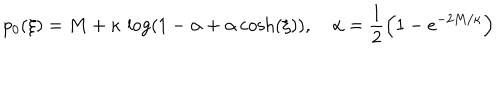
LaTeX: p _ { 0 } ( \xi ) = M + \kappa \, \log \left( 1 - \alpha + \alpha \, { \cosh } ( \xi ) \right) , \quad \alpha = \frac 1 2 \left( 1 - e ^ { - 2 M / \kappa } \right)